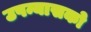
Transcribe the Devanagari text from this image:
उपन्यासको